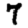
Digit: 7